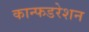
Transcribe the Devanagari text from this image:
कान्फडरेशन